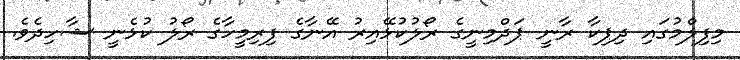
މިފިލްމުގައި ދިޕިކާ ރާނީ ޕަދްމިނީގެ ރޯލުކުޅޭއިރު އޭނާގެ ފިރިމީހާގެ ރޯލު ކުޅެނީ ޝާހިދެވެ.